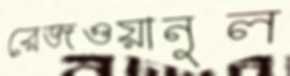
রেজওয়ানুল